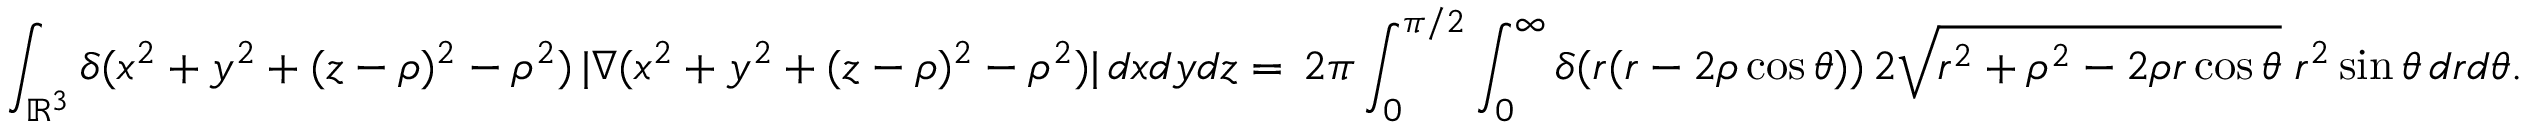
\int _ { \mathbb R ^ { 3 } } \delta ( x ^ { 2 } + y ^ { 2 } + ( z - \rho ) ^ { 2 } - \rho ^ { 2 } ) \, | \nabla ( x ^ { 2 } + y ^ { 2 } + ( z - \rho ) ^ { 2 } - \rho ^ { 2 } ) | \, d x d y d z = \, 2 \pi \int _ { 0 } ^ { \pi / 2 } \int _ { 0 } ^ { \infty } \delta ( r ( r - 2 \rho \cos \theta ) ) \, 2 \sqrt { r ^ { 2 } + \rho ^ { 2 } - 2 \rho r \cos \theta } \; r ^ { 2 } \sin \theta \, d r d \theta .